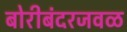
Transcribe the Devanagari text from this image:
बोरीबंदरजवळ